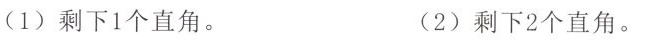
(1)剩下1个直角。 (2)剩下2个直角。